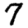
Digit: 7